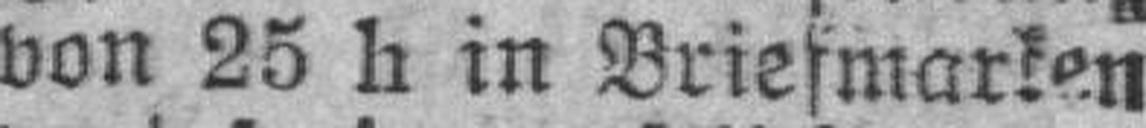
von 25 h in Briefmarken